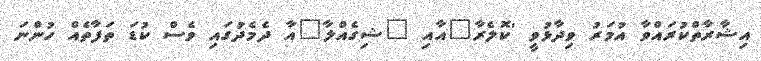
އިޝާރާތްކުރައްވާ އުމަރު ވިދާޅުވީ 'ކޮލެރާ"އާއި "ޝިގެއްލާ"އާ ދެމެދުގައި ވެސް ކުޑަ ތަފާތެއް ހުންނަ